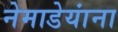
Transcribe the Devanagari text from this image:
नेमाडेयांना